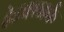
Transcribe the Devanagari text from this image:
हेडक्लार्क